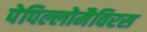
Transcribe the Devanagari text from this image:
पेपिल्लोमैविरस